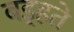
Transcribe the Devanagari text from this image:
बड़्हते